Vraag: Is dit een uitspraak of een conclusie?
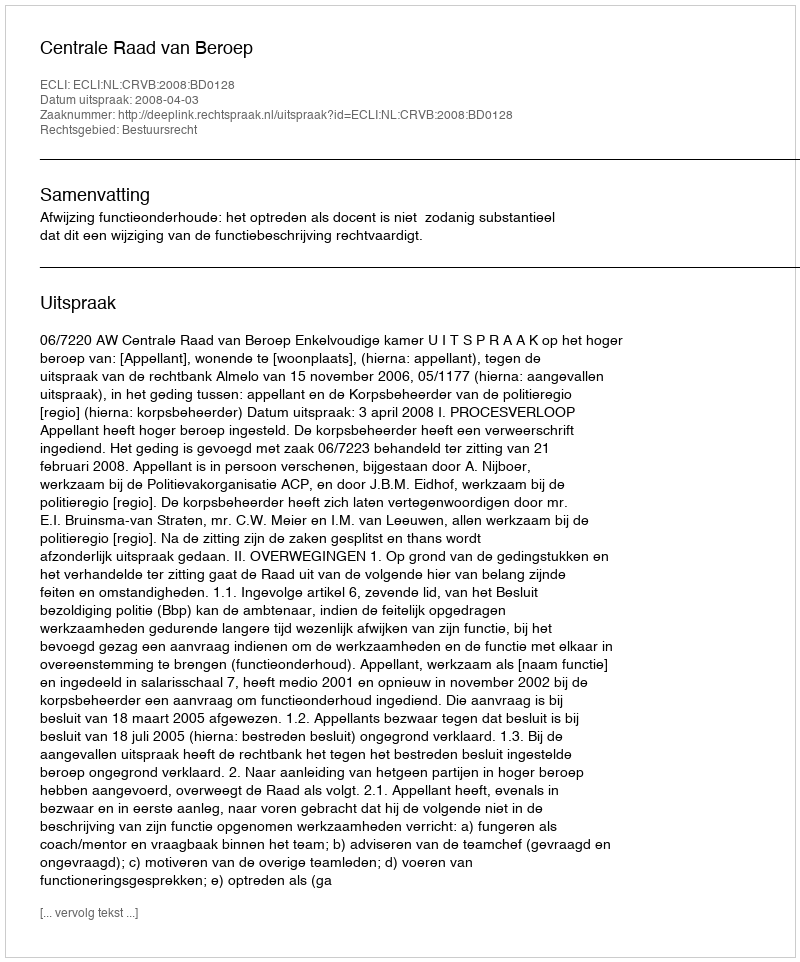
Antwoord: Uitspraak